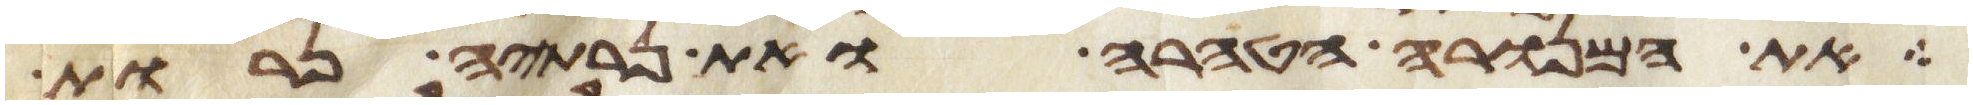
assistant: את המנורה הטהרה ואת נרתיה נרות